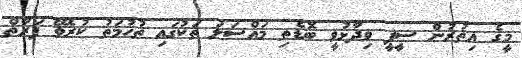
މީގެ އިތުރުން ސީޕީ ވިދާޅުވީ ބޮޑެތި މައްސަލަ ތަކުގައި ތުހުމަތު ކުރެވޭ ފަރާތް